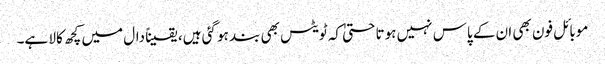
موبائل فون بھی ان کے پاس نہیں ہوتا حتیٰ کہ ٹویٹس بھی بند ہو گئی ہیں، یقیناً دال میں کچھ کالا ہے۔